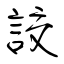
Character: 詨